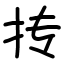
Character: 抟